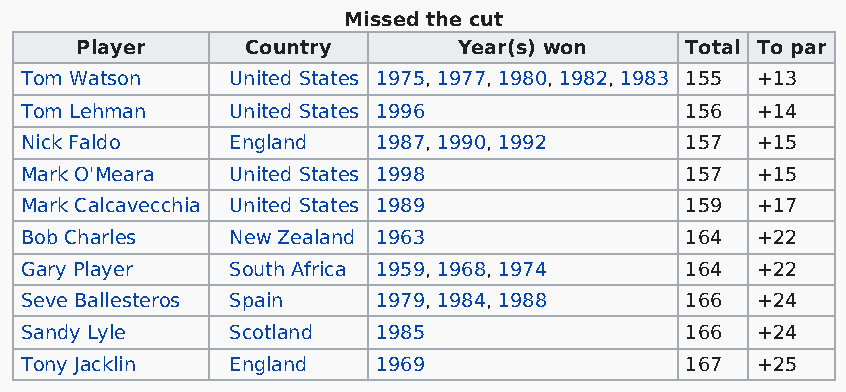
Missed the cut
 Player     Country       Year(s) won    Total To par
 Tom Watson    United States 1975, 1977, 1980, 1982, 1983 155 +13
 Tom Lehman    United States 1996            156  +14
 Nick Faldo    England   1987, 1990, 1992    157  +15
 Mark O'Meara  United States 1998            157  +15
 Mark Calcavecchia United States 1989        159  +17
 Bob Charles   New Zealand 1963              164  +22
 Gary Player   South Africa 1959, 1968, 1974 164  +22
 Seve Ballesteros Spain  1979, 1984, 1988    166  +24
 Sandy Lyle    Scotland  1985                166  +24
 Tony Jacklin  England   1969                167  +25